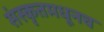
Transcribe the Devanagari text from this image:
संस्कृतमधूनच